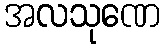
အလသုဏေ